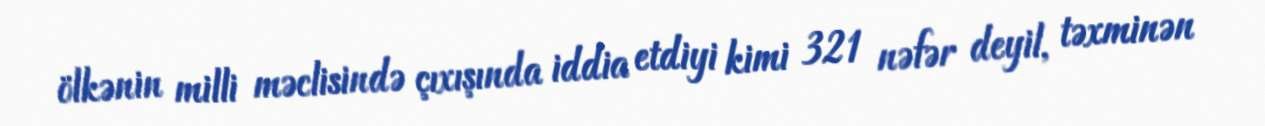
ölkənin milli məclisində çıxışında iddia etdiyi kimi 321 nəfər deyil, təxminən